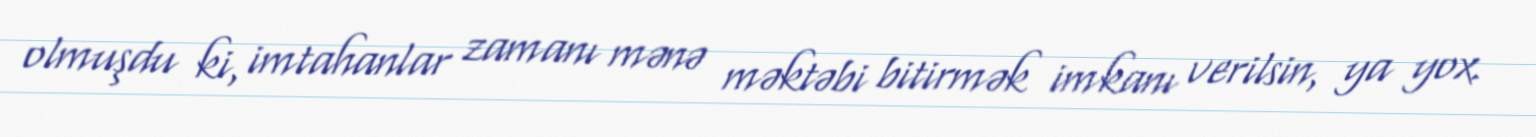
olmuşdu ki, imtahanlar zamanı mənə məktəbi bitirmək imkanı verilsin, ya yox.